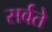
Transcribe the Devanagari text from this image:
सर्वते